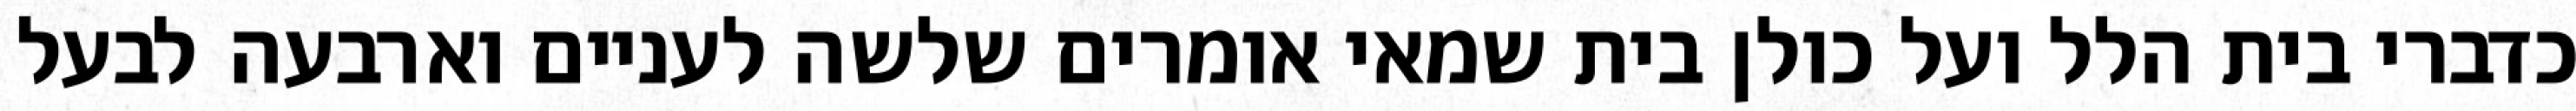
כדברי בית הלל ועל כולן בית שמאי אומרים שלשה לעניים וארבעה לבעל